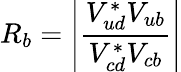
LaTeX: R_{b}=\left|\frac{V_{ud}^{*}V_{ub}}{V_{cd}^{*}V_{cb}}\right|